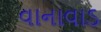
વાનાવાડ